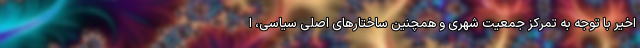
اخیر با توجه به تمرکز جمعیت شهری و همچنین ساختارهای اصلی سیاسی، ا